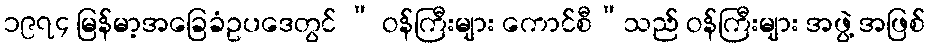
၁၉၇၄ မြန်မာ့အခြေခံဥပဒေတွင် “ ဝန်ကြီးများ ကောင်စီ”သည် ဝန်ကြီးများ အဖွဲ့ အဖြစ်